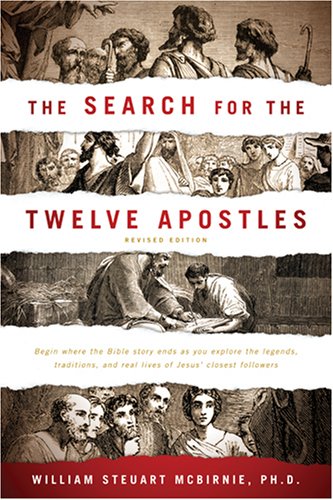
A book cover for The Search for the Twelve Apostles; William Steuart McBirnie; Christian Books & Bibles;